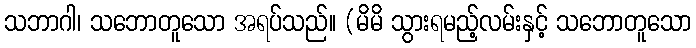
သဘာဂါ၊ သဘောတူသော အရပ်သည်။ (မိမိ သွားရမည့်လမ်းနှင့် သဘောတူသော